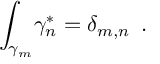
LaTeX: { \int _ { \gamma _ { m } } } { \gamma _ { n } ^ { \ast } } = { \delta _ { m , n } } \, \, \, .